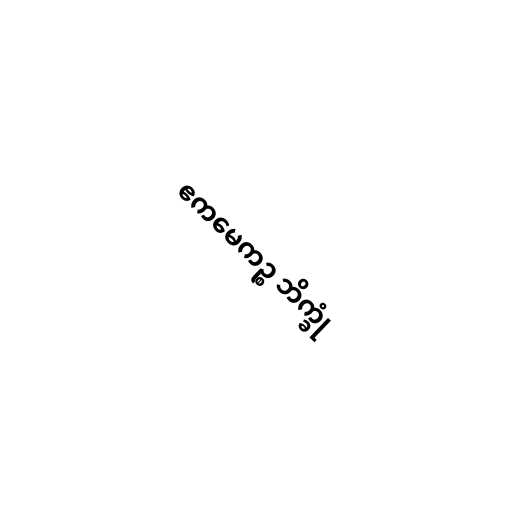
ဧကမေကဉ္စ ဘိက္ခုံ